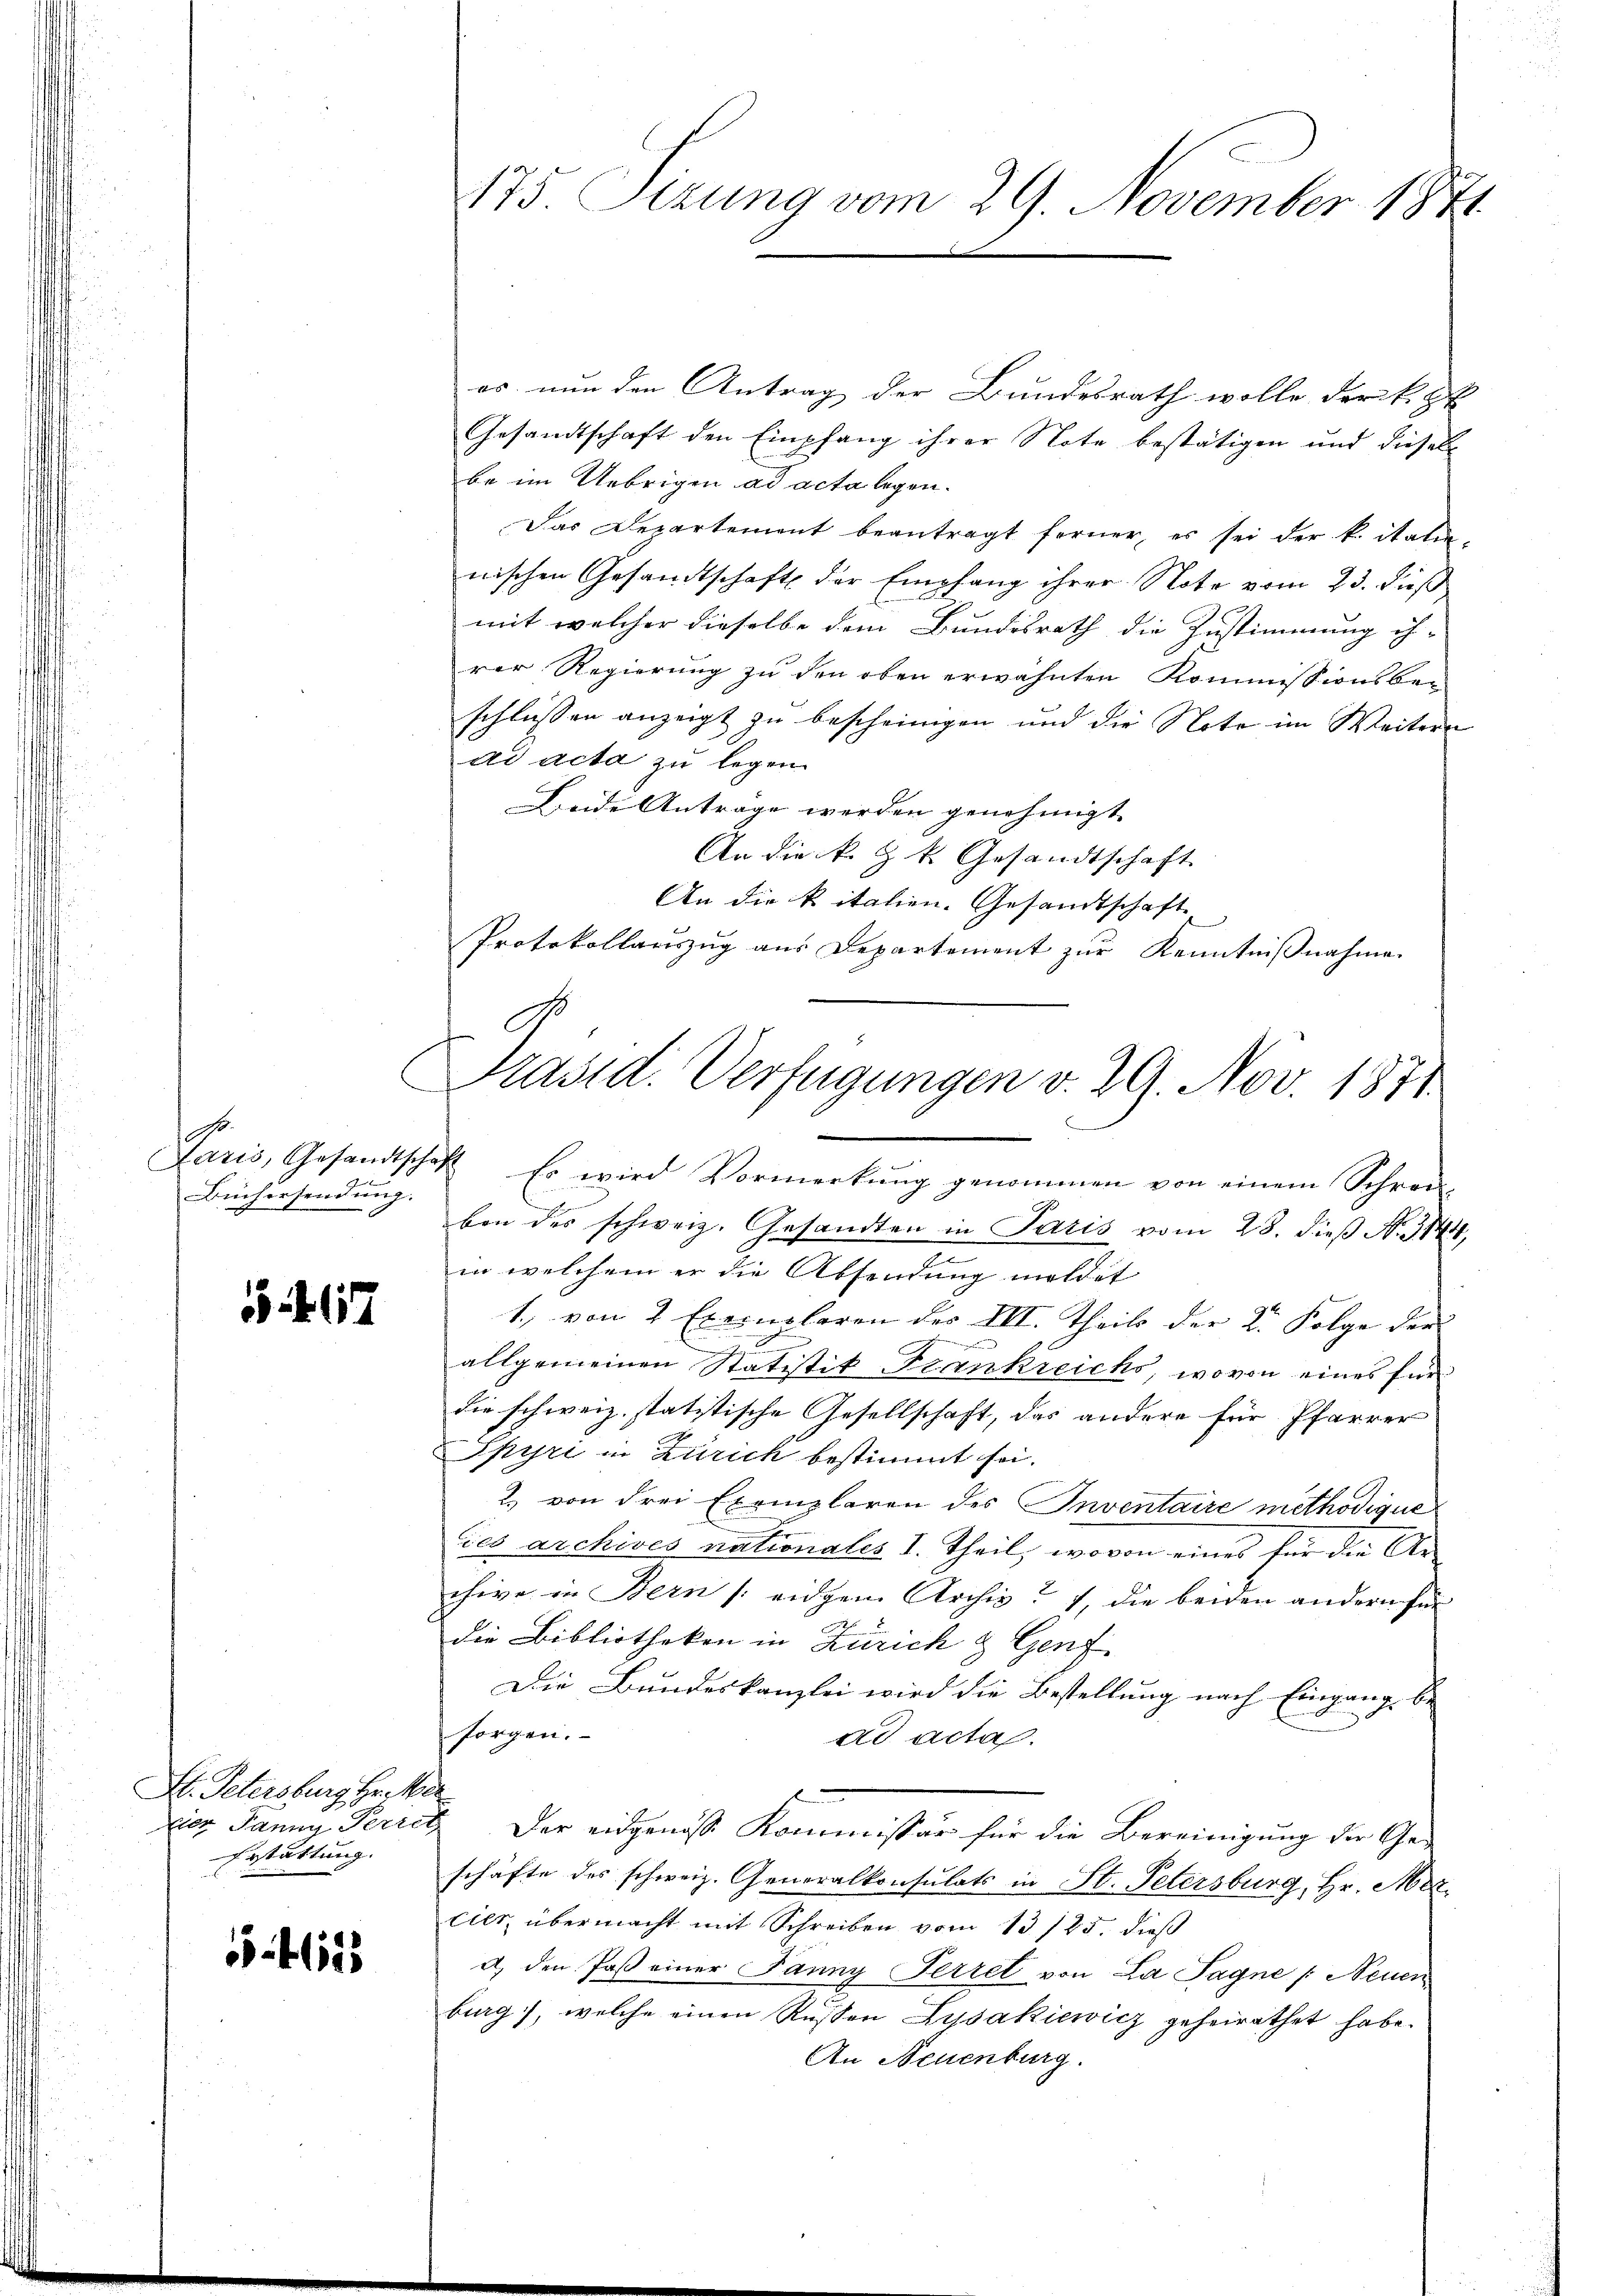
r
Büchersendung.

467

F. Petersburg Herter
Erstattung.

54615

175 Sizung vom 29. November 1841

Präsid. Verfügungen v. 29. Nov. 1871
Laris, Gesandtschaft Es wird Vormerkŭng genommen von einem Schrei-

es nun den Antrag der Bundesrath wolle der k. St
Gesandtschaft den Empfang ihrer Note bestätigen und diesel
be im Uebrigen ad acta legen.
Das Departement beantragt ferner, es sei der k. italie-
nischen Gesandtschaft der Empfang ihrer Note vom 23. dieß
mit welcher dieselbe dem Bundesrath die Zustimmung ih-
rer Regierung zu den oben erwähnten Kommissionsbe-
schlüssen anzeigt zu bescheinigen und die Note im Weitern
ad acta zu legen.
Beide Anträge werden genehmigt.
An die k. k. k. Gesandtschaft
An die kitalien. Gesandtschaft
Protokollauszug aus Departement zur Kenntnißnahme

E
von des schweiz. Gesandten in Paris vom 28. dieß N. 3144,
in welchem er die Absendung mildet
1., von 2 Exemplaren der III. Theils der 2. Folge der
e
g
allgemeinen Statistik Frankreichs, wovon eines für
die schweiz. statitische Gesellschaft, das andere für Pfarrer
Spyri in Zürich bestimmt sei.
2. von drei Exemplaren des Inventaire methodique
dies archives nationales I. Theil, wovon eines für die Archive in Bern / eidgen Archiv 1, die beiden andern für
die Bibliotheken in Zürich & Genf
Die Bundeskanzlei wird die Bestellung nach Eingang be
sorgen.
ad acta.
vier Janny Perret. Der eidgenösse Kommissär für die Bereinigung der Ge-
schäfte des schweiz. Generalkonsulats in St. Petersburg, Hr. Mezcier übermacht mit Schreiben vom 13./25. dieß
a) den Paß einer Panny Ferret von La Tagne /: Neuen
burg, welche einen Russen Zusakiewicz geheirathet habe.
An Neuenburg.